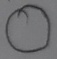
Text: O